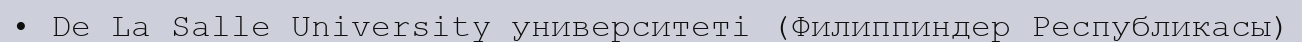
• De La Salle University университеті (Филиппиндер Республикасы)